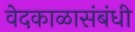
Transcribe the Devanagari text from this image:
वेदकाळासंबंधी